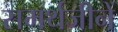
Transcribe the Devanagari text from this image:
समर्थजीनें